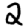
Digit: 2